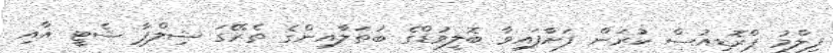
ފިލްމު ޕްރޮޑިއުސް ކުރަން ފަށާފައިވާ ބޮލީވުޑްގެ ބަތަލާއިންގެ ތެރޭގަ ޝިލްޕާ ޝެޓީ އާއި